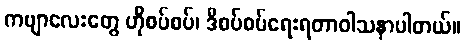
ကဗျာလေးတွေ ဟိုစပ်စပ်၊ ဒီစပ်စပ်ရေးရတာဝါသနာပါတယ်။